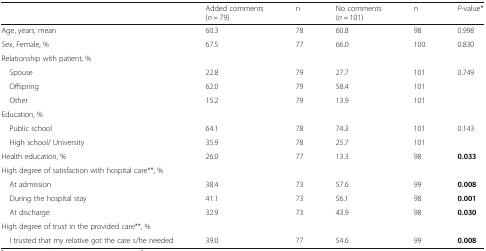
|  | Added comments (n = 79) | n | No comments (n = 101) | n | P-value* |
 | --- | --- | --- | --- | --- | --- |
 | Age, years, mean | 60.3 | 78 | 60.8 | 98 | 0.998 |
 | Sex, Female, % | 67.5 | 77 | 66.0 | 100 | 0.830 |
 | Relationship with patient, % |  |  |  |  |  |
 | Spouse | 22.8 | 79 | 27.7 | 101 | 0.749 |
 | Offspring | 62.0 | 79 | 58.4 | 101 |  |
 | Other | 15.2 | 79 | 13.9 | 101 |  |
 | Education, % |  |  |  |  |  |
 | Public school | 64.1 | 78 | 74.3 | 101 | 0.143 |
 | High school/ University | 35.9 | 78 | 25.7 | 101 |  |
 | Health education, % | 26.0 | 77 | 13.3 | 98 | 0.033 |
 | High degree of satisfaction with hospital care**, % |  |  |  |  |  |
 | At admission | 38.4 | 73 | 57.6 | 99 | 0.008 |
 | During the hospital stay | 41.1 | 73 | 56.1 | 98 | 0.001 |
 | At discharge | 32.9 | 73 | 43.9 | 98 | 0.030 |
 | High degree of trust in the provided care**, % |  |  |  |  |  |
 | I trusted that my relative got the care s/he needed | 39.0 | 77 | 54.6 | 99 | 0.008 |